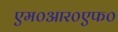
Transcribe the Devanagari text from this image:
एम०आर०एफ०